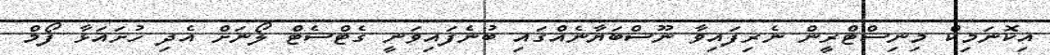
އިކޮނަމިކް މިނިސްޓްރީން ނެރިފައިވާ ނޫސްބަޔާނެއްގައި ބުނެފައިވަނީ ގެޓްސެޓް ލޯނަށް އެދި ހުށައަޅާ ފޯމް